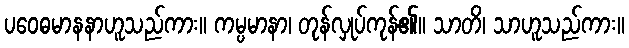
ပဝေဓမာနနာဟူသည်ကား။ ကမ္ပမာနာ၊ တုန်လှုပ်ကုန်၏။ သာတိ၊ သာဟူသည်ကား။